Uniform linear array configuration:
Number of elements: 24
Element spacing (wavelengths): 0.75
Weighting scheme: cosine
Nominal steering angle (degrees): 45
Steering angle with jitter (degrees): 45.392
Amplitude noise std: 0.05
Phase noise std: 0.05

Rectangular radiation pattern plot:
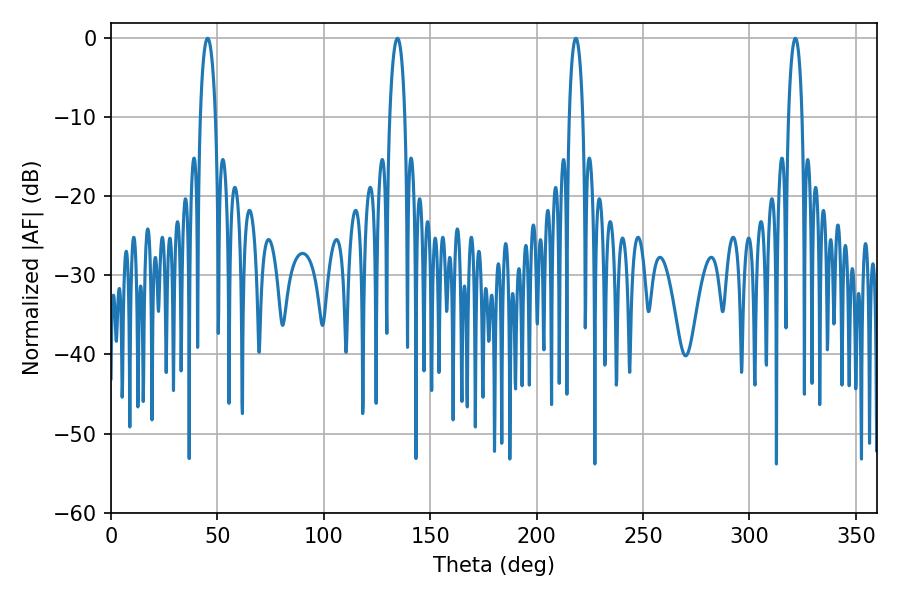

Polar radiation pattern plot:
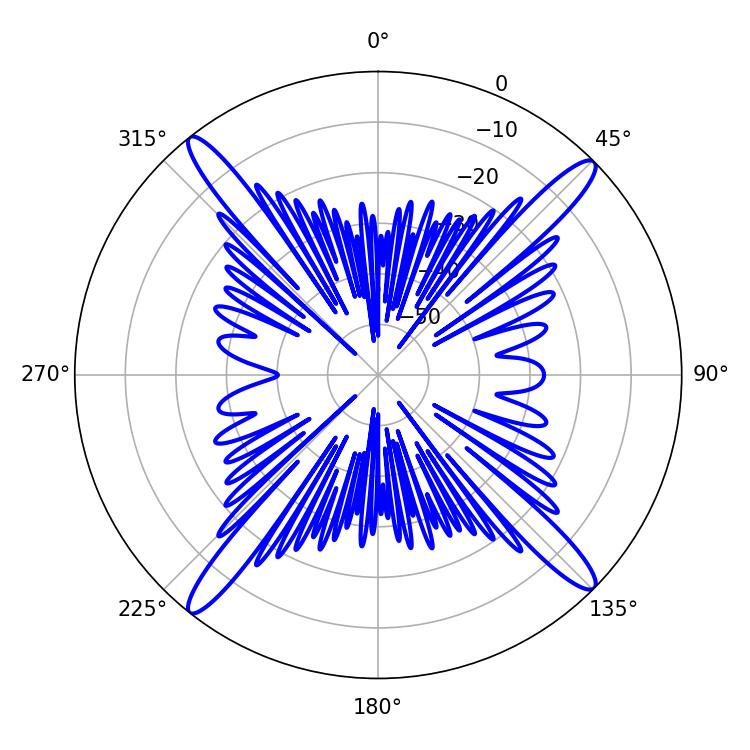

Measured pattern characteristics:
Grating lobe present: TRUE
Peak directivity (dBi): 19.049
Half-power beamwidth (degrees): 4.14
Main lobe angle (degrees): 45.36